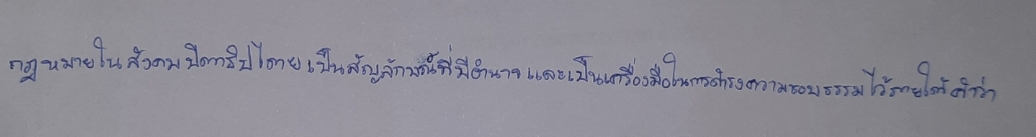
กฎหมายในสังคมปิตาธิปไตยเป็นสัญลักษณ์ที่มีอำนาจและเป็นเครื่องมือในการดำรงความชอบธรรมไว้ภายใต้คำว่า